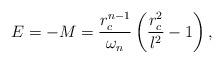
LaTeX: \begin{align*}E=-M=\frac{r_c^{n-1}}{\omega_n}\left(\frac{r_c^2}{l^2}-1\right),\end{align*}